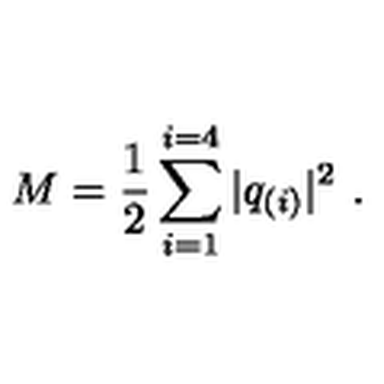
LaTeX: M = \frac { 1 } { 2 } \sum _ { i = 1 } ^ { i = 4 } | q _ { ( i ) } | ^ { 2 } \ .